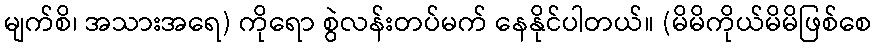
မျက်စိ၊ အသားအရေ) ကိုရော စွဲလန်းတပ်မက် နေနိုင်ပါတယ်။ (မိမိကိုယ်မိမိဖြစ်စေ